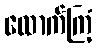
ထောက်ကြံ့